Medical and sanitary report of the native army of Bengal for the year
Year: 1874
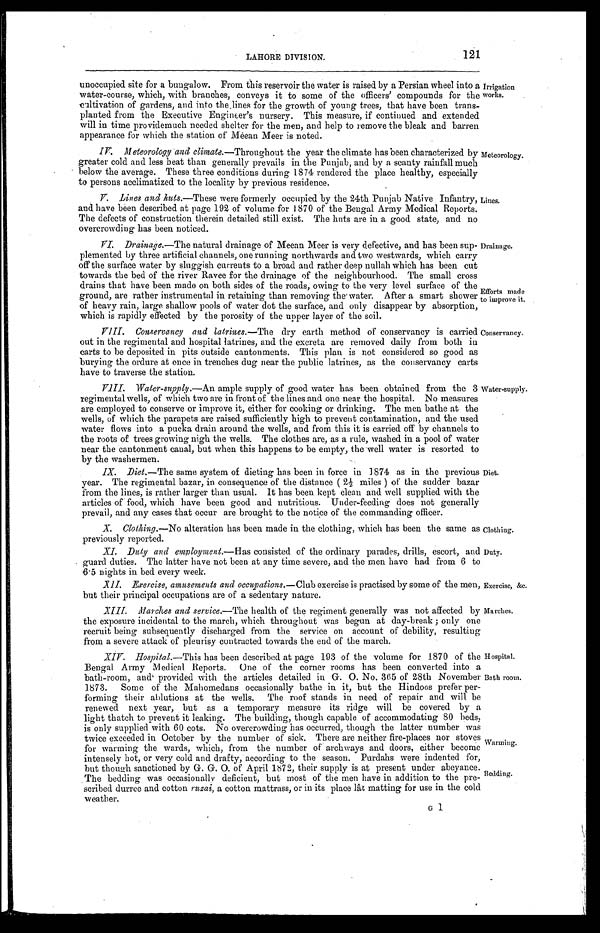
LAHORE DIVISION.
121
Exercise, &c.
Marches.
Hospital.
Bath room.
Warming.
Bedding.
unoccupied site for a bungalow. From this reservoir the water is raised by a Persian wheel into a
water-course, which, with branches, conveys it to some of the officers' compounds for the
cultivation of gardens, and into the lines for the growth of young trees, that have been trans-
planted from the Executive Engineer's nursery. This measure, if continued and extended
will in time pro videmuch needed shelter for the men, and help to remove the bleak and barren
appearance for which the station of Meean Meer is noted.
Irrigation
works.
IV.
Meteorology and clim ate.—Throughout the year the climate has been characterized by
greater cold and less heat than generally prevails in the Punjab, and by a scanty rainfall much
below the average. These three conditions during 1874 rendered the place healthy, especially
to persons acclimatized to the locality by previous residence.
V. Lines and kuts.—These were formerly occupied by the 24th Punjab Native Infantry,
and have been described at page 192 of volume for 1870 of the Bengal Army Medical Reports.
The defects of construction therein detailed still exist. The huts are in a good state, and no
overcrowding has been noticed.
VI. Drainage.—The natural drainage of Meean Meer is very defective, and has been sup-
plemented by three artificial channels, one running northwards and two westwards, which carry
off the surface water by sluggish currents to a broad and rather deep nullah which has been cut
towards the bed of the river Ravee for the drainage of the neighbourhood. The small cross
drains that have been made on both sides of the roads, owing to the very level surface of the
ground, are rather instrumental in retaining than removing the water. After a smart shower
of heavy rain, large shallow pools of water dot the surface, and only disappear by absorption,
which is rapidly effected by the porosity of the upper layer of the soil.
VIII. Conservancy and latrines.—The dry earth method of conservancy is carried
out in the regimental and hospital latrines, and the excreta are removed daily from both in
carts to be deposited in pits outside cantonments. This plan is not considered so good as
burying the ordure at once in trenches dug near the public latrines, as the conservancy carts
have to traverse the station.
Meteorology.
Liness.
Drainage.
Efforts ma
de to improve it.
Conservancy.
Water-supply.—An ample supply of good water has, been obtained from the 3
regimental wells, of which two are in front of the lines and one near the hospital. No measures
are employed to conserve or improve it, either for cooking or drinking. The men bathe at the
wells, of which the parapets are raised sufficiently high to prevent contamination, and the used
water flows into a pucka drain around the wells, and from this it is carried off by channels to
the roots of trees growing nigh the wells. The clothes are, as a rule, washed in a pool of water
near the cantonment canal, but when this happens to be empty, the well water is resorted to
by the washermen.
IX. Diet.—The same system of dieting has been in force in 1874 as in the previous
year. The regimental bazar, in consequence of the distance ( 2 1/2 miles ) of the sudder bazar
from the lines, is rather larger than usual. It has been kept clean and well supplied with the
articles of food, which have been good and nutritious. Under-feeding does not generally
prevail, and any cases that occur are brought to the notice of the commanding officer.
Water-supply.
Diet.
X. Clothing.—No alteration has been made in the clothing, which has been the same as
previously reported.
Clothing.
XI. Duly and employment.— Has consisted of the ordinary parades, drills, escort, and
guard duties. The latter have not been at any time severe, and the men have had from 6 tc
6 . 5 nights in bed every week.
XII. Exercise, amusements and occupations.— Club exercise is practised by some of the men,
but their principal occupations are of a sedentary nature.
XIII. Marches and service.—The health of the regiment generally was not affected by
the exposure incidental to the march, which throughout was begun at day-break ; only one
recruit being subsequently discharged from the service on account of' debility, resulting
from a severe attack of pleurisy contracted towards the end of the march.
XIV. Hospital.—This has been described at page 193 of the volume for 1870 of the
Bengal Army Medical Reports. One of the corner rooms has been converted into s
bath-room, and provided with the articles detailed in G. O. No. 365 of 28th November
1873. Some of the Mahomedans occasionally bathe in it, but the Hindoos prefer per-
forming their ablutions at the wells. The roof stands in need of repair and will be
renewed next year, but as a temporary measure its ridge will be covered by a
light thatch to prevent it leaking. The building, though capable of accommodating 80 beds,
is only supplied with 60 cots. No overcrowding has occurred, though the latter number was
twice exceeded in October by the number of sick. There are neither fire-places nor stoves
for warming the wards, which, from the number of' archways and doors, either become
intensely hot, or very cold and drafty, according to the season. Purdahs were indented for,
but though sanctioned by G. G. O. of April 1872, their supply is at present under abeyance.
The bedding was occasionally deficient, but most of the men have in addition to the pre-
scribed durree and cotton ruzai, a cotton mattrass, or in its place lât matting for use in the cold weather Duty.
G1